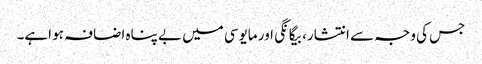
جس کی وجہ سے انتشار، بیگانگی اور مایوسی میں بے پناہ اضافہ ہو اہے۔